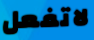
لاتفعل